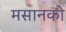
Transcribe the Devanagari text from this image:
मसानको